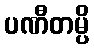
ပဏီတမ္ပိ